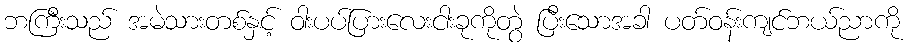
ဘကြီးသည် အမဲသားတစ်နှင့် ဝါးပပ်ပြားလေးငါးခုကိုတွဲ ပြီးသောအခါ ပတ်ဝန်းကျင်ဘယ်ညာကို